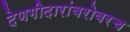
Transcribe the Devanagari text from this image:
देणगीदारांबरोबरच